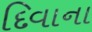
દિવાના